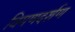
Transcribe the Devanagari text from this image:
विमणदर्शण